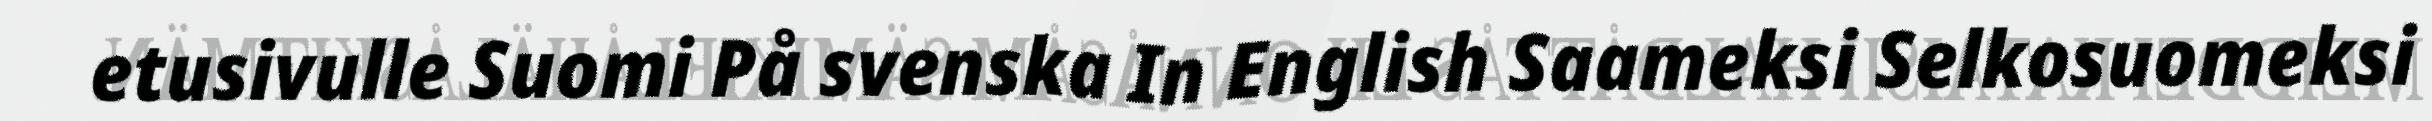
etusivulle Suomi På svenska In English Saameksi Selkosuomeksi